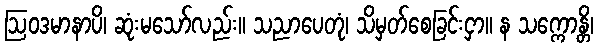
ဩဝဒမာနာပိ၊ ဆုံးမသော်လည်း။ သညာပေတုံ၊ သိမှတ်စေခြင်းငှာ။ န သက္ကောန္တိ၊